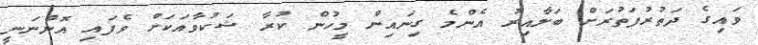
ވައިގެ ދަތުރުފަތުރަށް ބަލާއިރު އެންމެ ގިނައިން މީހުން ކުރާ ޝަކުވާއަކަށް ވެފައި އޮންނަނީ